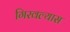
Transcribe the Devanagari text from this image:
गिरवल्यास